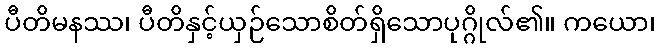
ပီတိမနဿ၊ ပီတိနှင့်ယှဉ်သောစိတ်ရှိသောပုဂ္ဂိုလ်၏။ ကယော၊